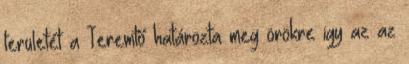
területét a Teremtő határozta meg örökre igy az az